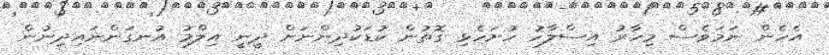
އެހެން ނަމަވެސް މިހާރު އިސްލާހު ހުށަހެޅި ގޮތުން ކުޑަކުދިންނަށް ދީނީ އިލްމު އުނގަންނައިދިނުން